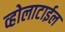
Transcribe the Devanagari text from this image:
व्होलाटाईल